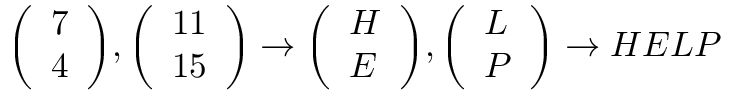
{ \left( \begin{array} { l } { 7 } \\ { 4 } \end{array} \right) } , { \left( \begin{array} { l } { 1 1 } \\ { 1 5 } \end{array} \right) } \to { \left( \begin{array} { l } { H } \\ { E } \end{array} \right) } , { \left( \begin{array} { l } { L } \\ { P } \end{array} \right) } \to H E L P